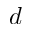
d